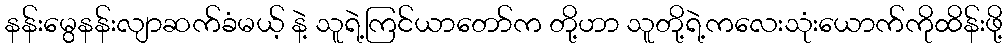
နန်းမွေနန်းလျာဆက်ခံမယ့် နဲ့ သူရဲ့ကြင်ယာတော်က တို့ဟာ သူတို့ရဲ့ကလေးသုံးယောက်ကိုထိန်းဖို့